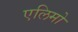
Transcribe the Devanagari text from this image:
एलिमो